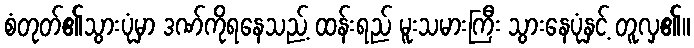
စံတုတ်၏သွားပုံမှာ ဒဏ်ကိုရနေသည့် ထန်းရည် မူးသမားကြီး သွားနေပုံနှင့် တူလှ၏။